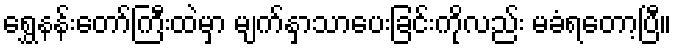
ရွှေနန်းတော်ကြီးထဲမှာ မျက်နှာသာပေးခြင်းကိုလည်း မခံရတော့ပြီ။